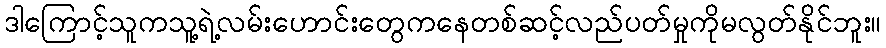
ဒါကြောင့်သူကသူ့ရဲ့လမ်းဟောင်းတွေကနေတစ်ဆင့်လည်ပတ်မှုကိုမလွတ်နိုင်ဘူး။